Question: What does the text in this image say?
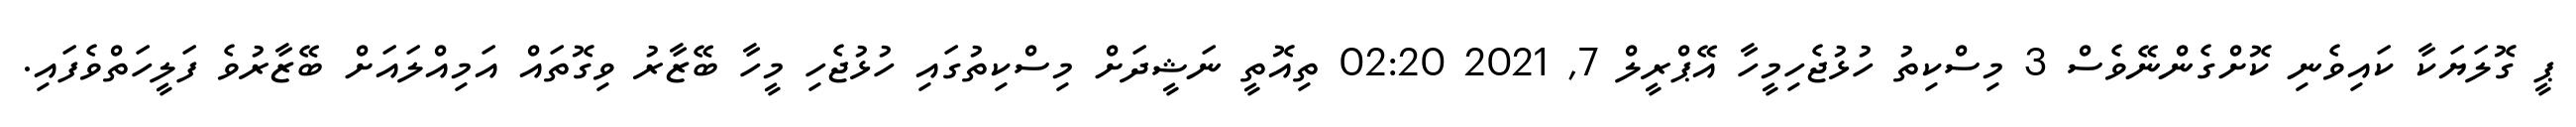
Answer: ޕީ ގޮލަޔަކާ ކައިވެނި ކޮށްގެންނޭވެސް 3 މިސްކިތު ހުޅުޖެހިމީހާ އޭޕްރީލް 7, 2021 02:20 ތިއޮތީ ނަޝީދަށް މިސްކިތުގައި ހުޅުޖެހި މީހާ ބޭޒާރު ވިގޮތައް އަމިއްލައަށް ބޭޒާރުވެ ފަލީހަތްވެފައި.